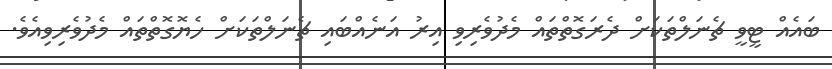
ބައެއް ޓީވީ ޗެނަލްތަކަށް ދެރަގޮތްތައް މެދުވެރިވި އިރު އަނެއްބައި ޗެނަލްތަކަށް ހެޔޮގޮތްތައް މެދުވެރިވިއެވެ.